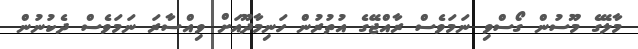
މާލޭގެ މޫސުން ގޯސްވި ނަމަވެސް ރާއްޖޭގެ އުތުރުން ހަނިމާދޫއަށް ވިއްްސާރަ ނަމަވެސް ދެކުނުން